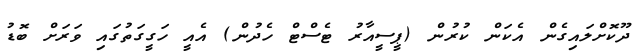
ދޫކޮށްލައިގެން އެކަން ކުރުން (ޕީސީއާރު ޓެސްޓް ހެދުން) އެއީ ހަގީގަތުގަައި ވަރަށް ބޮޑު